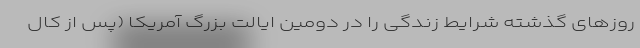
روزهای گذشته شرایط زندگی را در دومین ایالت بزرگ آمریکا (پس از کال